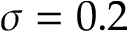
\sigma = 0 . 2